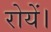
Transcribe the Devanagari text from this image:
रोयें।